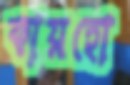
কায়হো